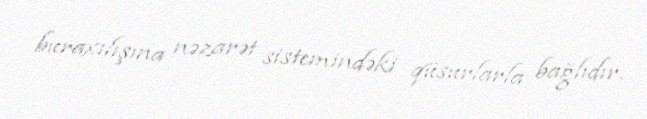
buraxılışına nəzarət sistemindəki qüsurlarla bağlıdır.